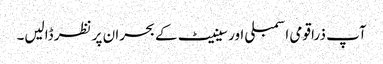
آپ ذرا قومی اسمبلی اور سینیٹ کے بحران پر نظر ڈالیں۔